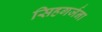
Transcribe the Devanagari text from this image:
सिहगर्जना